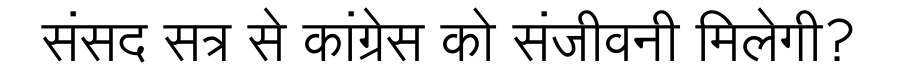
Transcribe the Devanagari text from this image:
संसद सत्र से कांग्रेस को संजीवनी मिलेगी?